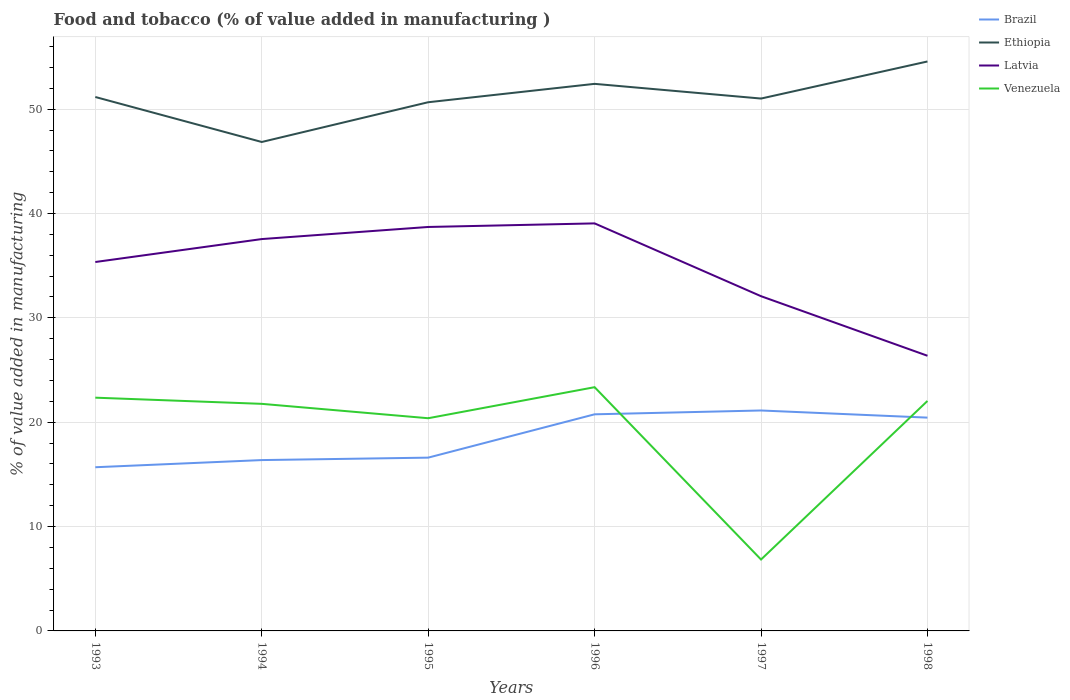
| Years | Brazil | Ethiopia | Latvia | Venezuela |
 | --- | --- | --- | --- | --- |
 | 1993 | 15.7 | 51.2 | 35.4 | 22.4 |
 | 1994 | 16.4 | 46.9 | 37.5 | 21.8 |
 | 1995 | 16.6 | 50.7 | 38.7 | 20.4 |
 | 1996 | 20.8 | 52.4 | 39.1 | 23.4 |
 | 1997 | 21.1 | 51 | 32.1 | 6.84 |
 | 1998 | 20.4 | 54.6 | 26.4 | 22 |